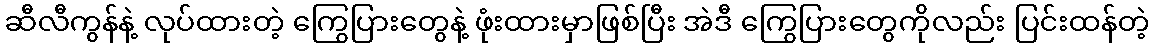
ဆီလီကွန်နဲ့ လုပ်ထားတဲ့ ကြွေပြားတွေနဲ့ ဖုံးထားမှာဖြစ်ပြီး အဲဒီ ကြွေပြားတွေကိုလည်း ပြင်းထန်တဲ့